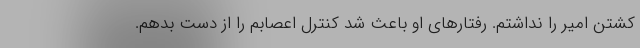
کشتن امیر را نداشتم. رفتار‌های او باعث شد کنترل اعصابم را از دست بدهم.